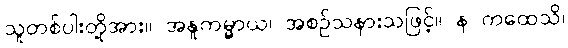
သူတစ်ပါးတို့အား။ အနူကမ္မာယ၊ အစဉ်သနားသဖြင့်။ န ကထေသိ၊